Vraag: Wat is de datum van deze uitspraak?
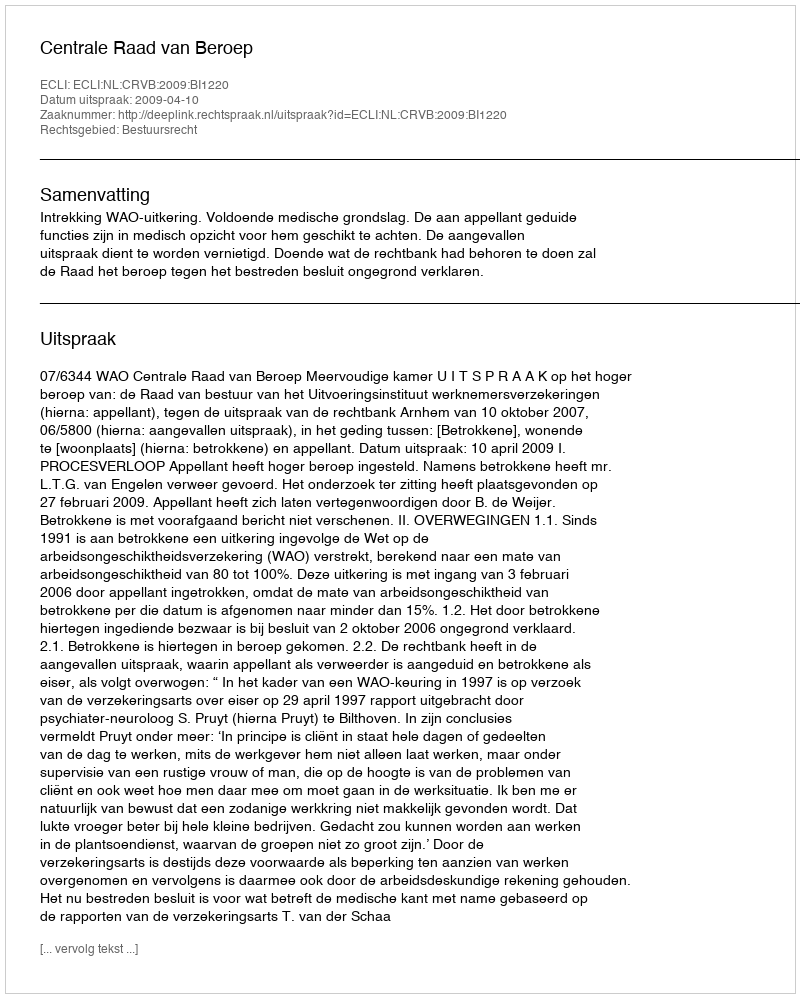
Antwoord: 2009-04-10